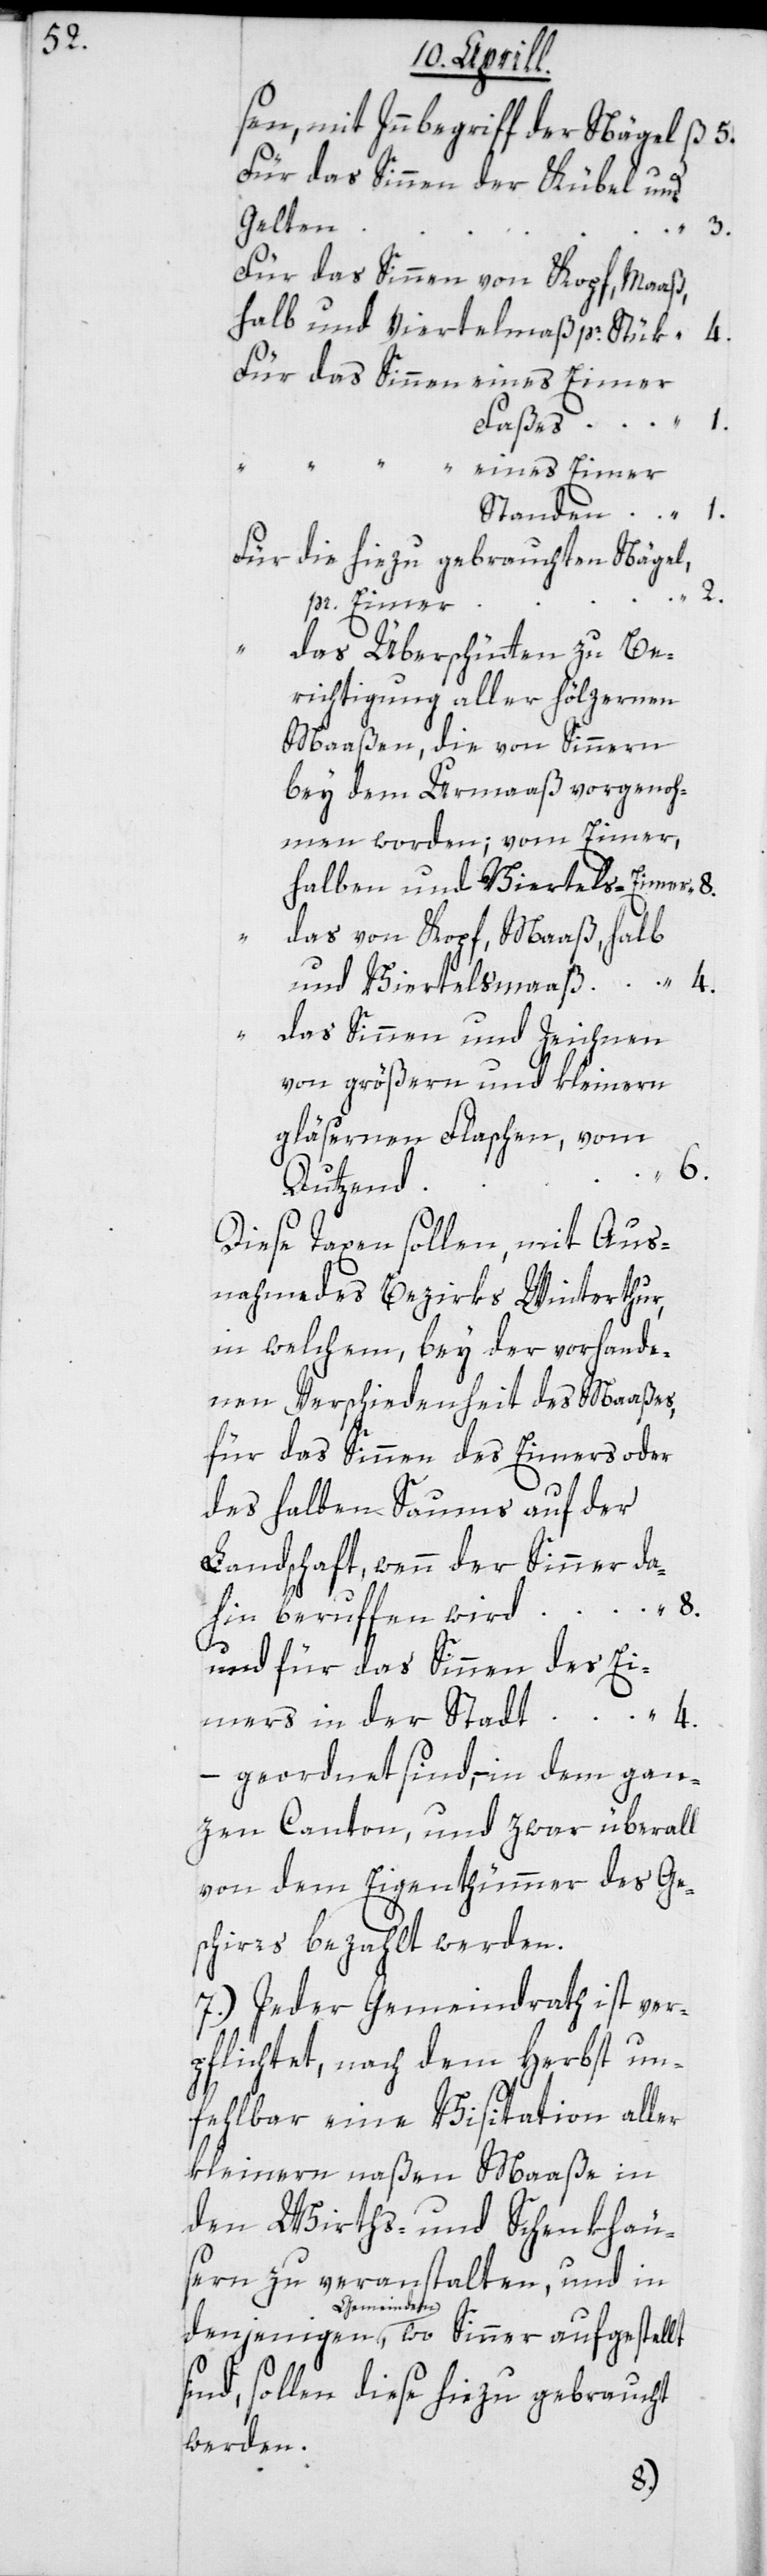
sen, mit Innbegriff der Nägel
Für das Sinnen der Kübel und
Gelten
3.
Für das Sinnen von Kopf, Maaß,
halb und Viertelmaß pr. Stük
Für das Sinnen eines Eimer
Faßes
1.
“ “ eines Eimer
Standen
Für die hiezu gebrauchten Nägel,
2.
pr. Eimer
–
das Überschütten zu Be¬
richtigung aller hölzernen
Maaßen, die von Sinnern
men worden, vom Eimer,
und Viertelsmaaß
das Sinnen und Zeichnen
gläsernen Flaschen, vom
6.
4.
Dutzend
Diese Taxen sollen, mit Aus¬
nahme des Bezirks Winterthur,
in welchem bey der vorhande¬
nen Verschiedenheit des Maaßes,
für das Sinnen des Eimers oder
des halben Saums auf der
Landschaft, wenn der Sinner da¬
hin beruffen wird
und für das Sinnen des Ei¬
mers in der Stadt
geordnet sind, – in dem gan¬
zen Canton, und zwar überall
von dem Eigenthümmer des Ge¬
schirrs bezahlt werden.
7.) Jeder Gemeindrath ist ver¬
pflichtet, nach dem Herbst un¬
fehlbar eine Visitation aller
kleinern naßen Maaße in
den Wirths- und Schenkhäu¬
sern zu veranstalten, und in
Gemeinden, wo Sinner aufgestellt
sind, sollen diese hiezu gebraucht
werden.